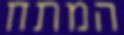
המתח